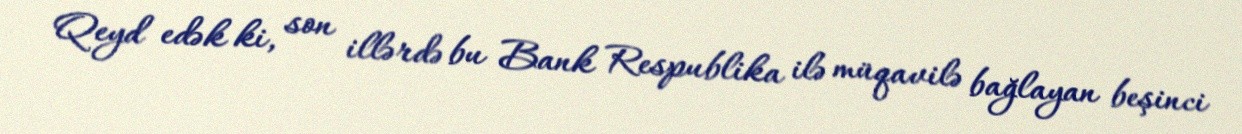
Qeyd edək ki, son illərdə bu Bank Respublika ilə müqavilə bağlayan beşinci